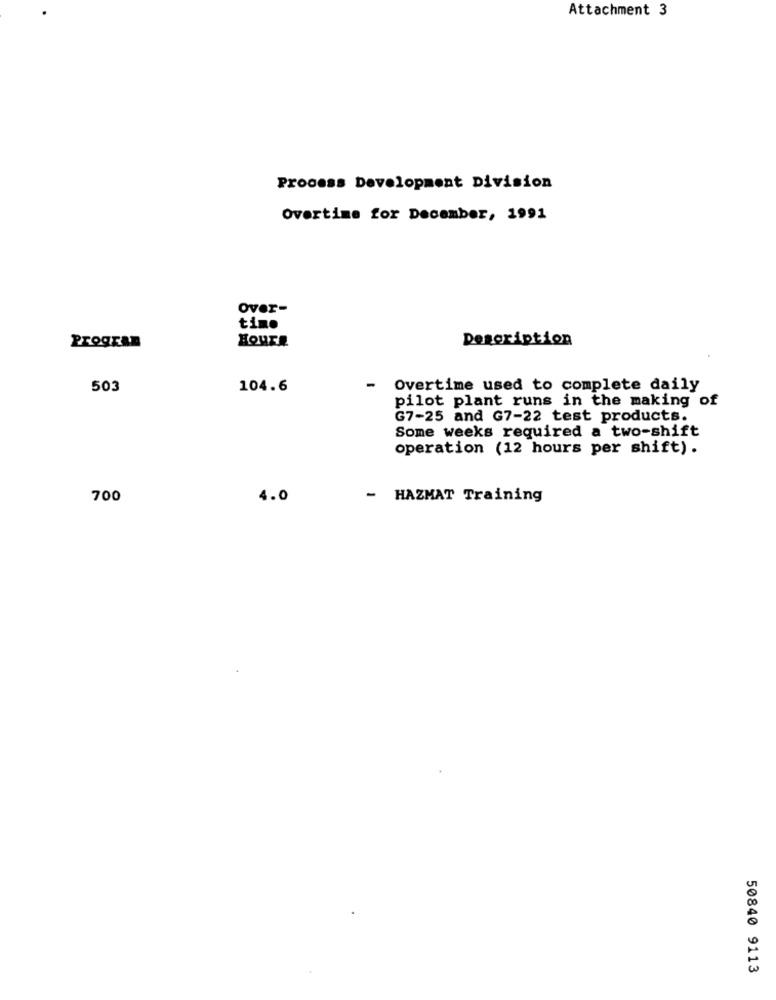
Attachment 3
Process Development Division
Overtime for December, 1991
Over-
time
Hours
Description
Program
503
104.6
-
Overtime used to complete daily
pilot plant runs in the making of
G7-25 and G7-22 test products.
Some weeks required a two-shift
operation (12 hours per shift).
700
4.0
- HAZMAT Training
50840 9113